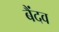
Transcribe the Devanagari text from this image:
बैंदव